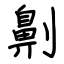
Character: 劓